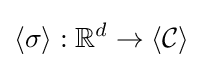
\langle \sigma \rangle :\mathbb {R} ^{d}\rightarrow \langle {\mathcal {C}}\rangle